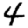
Digit: 4